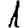
Digit: 1